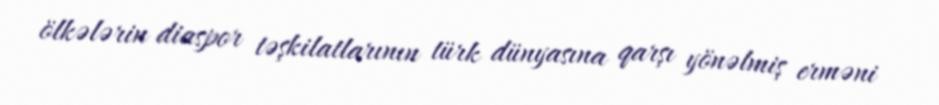
ölkələrin diaspor təşkilatlarının türk dünyasına qarşı yönəlmiş erməni